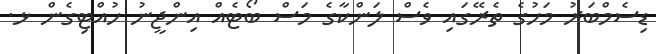
ޑިސެމްބަރު މަހުގެ ތެރޭގައި ވެސް ލަންކާގެ މަސް ބޯޓެއް އިންޖީނު ހުއްޓިގެން ޅ.